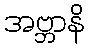
အဗ္ဘာနိ